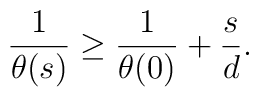
{1\over\theta(s)} \geq {1\over\theta(0)} + {s\over d}.